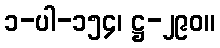
၁-ပါ-၁၅၄၊ ဋ္ဌ-၂၉၀။